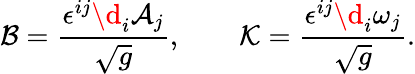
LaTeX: \mathcal{B}=\frac{\epsilon^{ij}\d_{i}\mathcal{A}_{j}}{\sqrt{g}},\qquad\mathcal{K}=\frac{\epsilon^{ij}\d_{i}\mathcal{\omega}_{j}}{\sqrt{g}}.